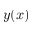
y ( x )